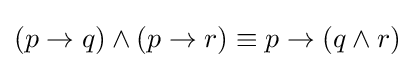
(p\rightarrow q)\wedge (p\rightarrow r)\equiv p\rightarrow (q\wedge r)